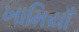
ખામિયાઁ